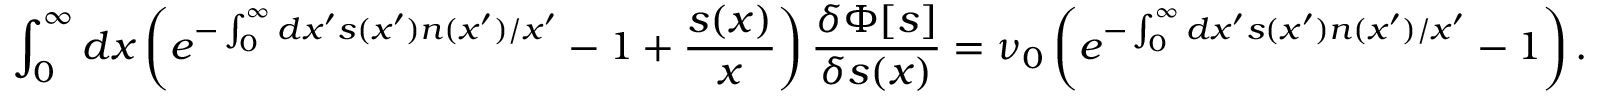
\int _ { 0 } ^ { \infty } d x \left( e ^ { - \int _ { 0 } ^ { \infty } d x ^ { \prime } s ( x ^ { \prime } ) n ( x ^ { \prime } ) / x ^ { \prime } } - 1 + \frac { s ( x ) } { x } \right) \frac { \delta \Phi [ s ] } { \delta s ( x ) } = \nu _ { 0 } \left( e ^ { - \int _ { 0 } ^ { \infty } d x ^ { \prime } s ( x ^ { \prime } ) n ( x ^ { \prime } ) / x ^ { \prime } } - 1 \right) .